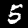
Label: 5